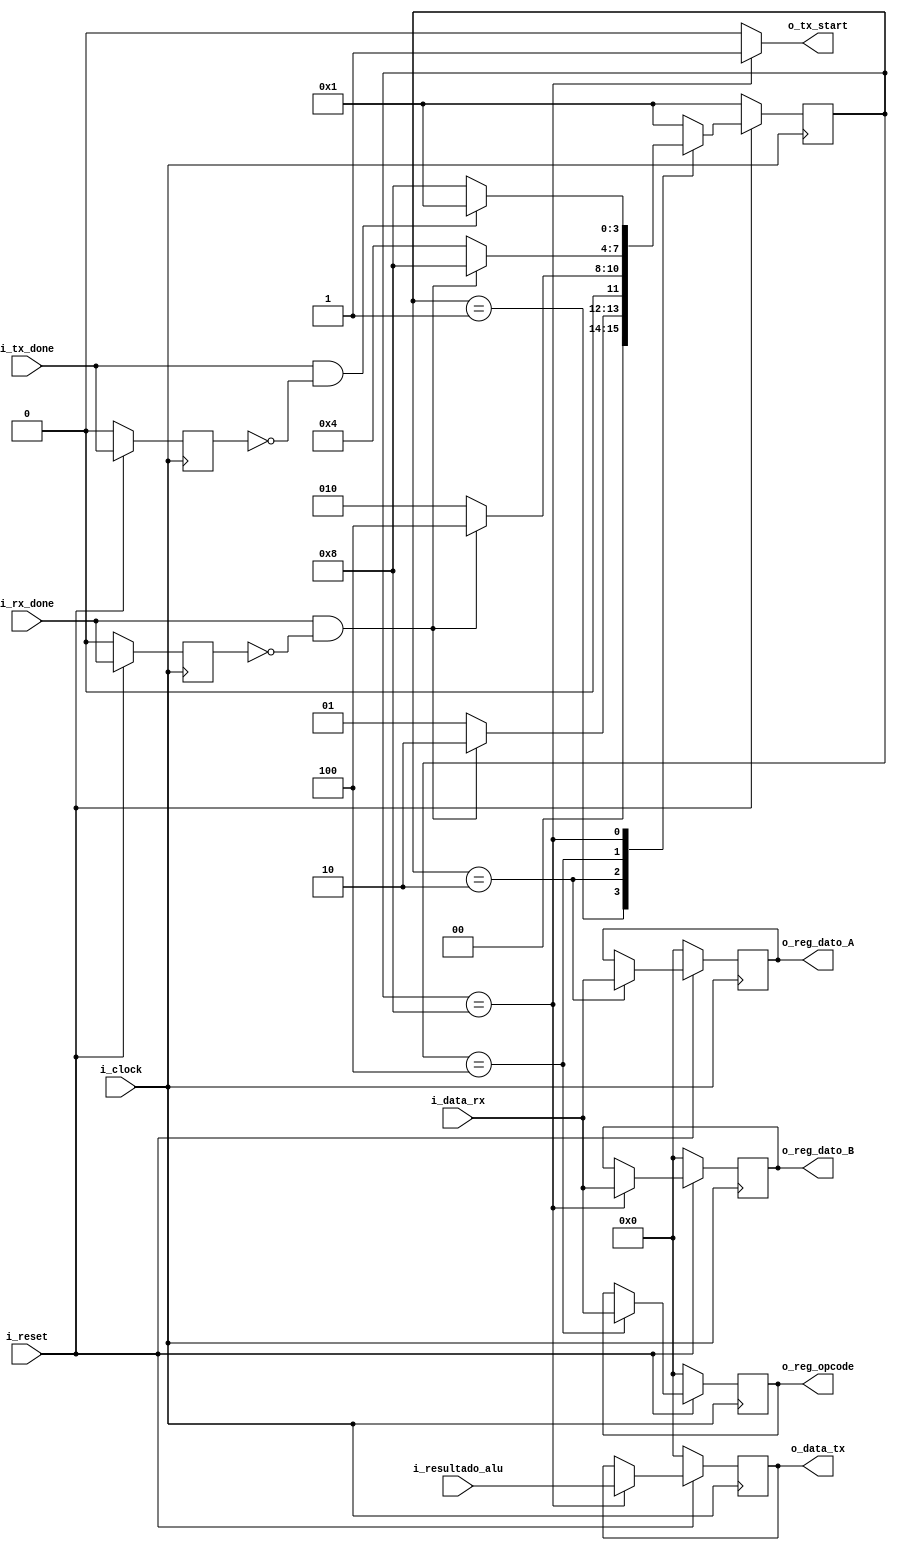
 `timescale 1ns / 1ps

//////////////////////////////////////////////////////////////////////////////////////////////////
// Trabajo Practico Nro. 2. UART.
// Interface_circuit.
// Integrantes: Kleiner Matias, Lopez Gaston.
// Materia: Arquitectura de Computadoras.
// FCEFyN. UNC.
// Anio 2018.
//////////////////////////////////////////////////////////////////////////////////////////////////


// Constantes.
`define CANT_DATOS_ENTRADA_ALU      8       // Tamanio del bus de entrada de la ALU.
`define CANT_BITS_OPCODE_ALU        8       // Numero de bits del codigo de operacion de la ALU.
`define CANT_DATOS_SALIDA_ALU       8       // Tamanio del bus de salida de la ALU.
`define WIDTH_WORD_INTERFACE        8       // Tamanio de palabra de la trama UART.



module interface_circuit( 
   i_reset,
   i_resultado_alu,
   i_data_rx,
   i_rx_done,
   i_tx_done,
   i_clock,
   o_tx_start,
   o_data_tx,
   o_reg_dato_A,
   o_reg_dato_B,
   o_reg_opcode
   //o_prueba
   );

// Parametros.
parameter CANT_DATOS_ENTRADA_ALU    = `CANT_DATOS_ENTRADA_ALU;
parameter CANT_BITS_OPCODE_ALU      = `CANT_BITS_OPCODE_ALU;
parameter CANT_DATOS_SALIDA_ALU     = `CANT_DATOS_SALIDA_ALU;
parameter WIDTH_WORD_INTERFACE      = `WIDTH_WORD_INTERFACE;

// Local Param
localparam ESPERA = 4'b0001;
localparam OPERANDO1 = 4'b0010;
localparam OPERACION = 4'b0100;
localparam OPERANDO2 = 4'b1000;

// Entradas - Salidas.
input i_clock;
input  i_rx_done;
input  i_tx_done;
input  [CANT_DATOS_SALIDA_ALU - 1 : 0]   i_resultado_alu;
input  [WIDTH_WORD_INTERFACE - 1 : 0]  i_data_rx;
input  i_reset;  
output reg [WIDTH_WORD_INTERFACE - 1 : 0]  o_data_tx;
output reg o_tx_start;
output reg [CANT_DATOS_ENTRADA_ALU - 1 : 0] o_reg_dato_A;             
output reg [CANT_DATOS_ENTRADA_ALU - 1 : 0] o_reg_dato_B; 
output reg [CANT_BITS_OPCODE_ALU - 1 : 0] o_reg_opcode;  // Codigo de operacion.      

//output reg o_prueba;

// Registros.
reg [ 3 : 0 ] reg_state;
reg [ 3 : 0 ] reg_next_state;
reg registro_tx_done;
reg registro_rx_done;

reg [CANT_DATOS_ENTRADA_ALU - 1 : 0] o_reg_dato_A_next;             
reg [CANT_DATOS_ENTRADA_ALU - 1 : 0] o_reg_dato_B_next; 
reg [CANT_BITS_OPCODE_ALU - 1 : 0] o_reg_opcode_next;  // Codigo de operacion.  
reg [WIDTH_WORD_INTERFACE - 1 : 0]  o_data_tx_next;   


always@( posedge i_clock ) begin //Memory
    // Se resetean los registros.
   if (~ i_reset) begin
       reg_state <= 1;
       registro_tx_done <= 0;
       registro_rx_done <= 0;
       o_reg_dato_A <= 0;
       o_reg_dato_B <= 0;
       o_reg_opcode <= 0;
       o_data_tx <= 0;
   end 

   else begin
       registro_tx_done <= i_tx_done;
       registro_rx_done <= i_rx_done;
       reg_state <= reg_next_state;

       o_reg_dato_A <= o_reg_dato_A_next;
       o_reg_dato_B <= o_reg_dato_B_next;
       o_reg_opcode <= o_reg_opcode_next;
       o_data_tx <= o_data_tx_next;
   end
end




always@( * ) begin //NEXT - STATE logic
   
   case (reg_state)
       
       ESPERA : begin
           if ((i_rx_done == 1) && (registro_rx_done == 0)) begin  // Deteccion de flanco ascendente
               reg_next_state = OPERANDO1;
           end
           else begin
               reg_next_state = ESPERA;
           end  
       end
       
       OPERANDO1 : begin
           if ((i_rx_done == 1) && (registro_rx_done == 0)) begin  // Deteccion de flanco ascendente
               reg_next_state = OPERACION;
           end
           else begin
               reg_next_state = OPERANDO1;
           end  
       end
       
       OPERACION : begin
          if ((i_rx_done == 1) && (registro_rx_done == 0)) begin  // Deteccion de flanco ascendente
               reg_next_state = OPERANDO2;
           end
           else begin
               reg_next_state = OPERACION;
           end  
       end
       
       OPERANDO2 : begin
           // Deteccion de flanco ascendente
           // Si se detecta que el registro_tx_done pasa de 0 a 1, se va al estado ESPERA.
           if ( (i_tx_done == 1) && (registro_tx_done == 0)) begin
               reg_next_state = ESPERA;
           end
           else begin
               reg_next_state = OPERANDO2;
           end        
       end
       
       default begin
           reg_next_state = ESPERA;
       end
   endcase 
end


always@( * ) begin //Output logic
   //o_prueba = 0;
   case (reg_state)
       
       ESPERA : begin
           o_tx_start = 0;
           o_data_tx_next = o_data_tx;
           o_reg_dato_A_next = o_reg_dato_A;
           o_reg_dato_B_next = o_reg_dato_B;
           o_reg_opcode_next = o_reg_opcode;
       end
       
       OPERANDO1 : begin
           o_tx_start = 0;
           o_data_tx_next = o_data_tx;
           o_reg_dato_A_next = i_data_rx;
           o_reg_dato_B_next = o_reg_dato_B;
           o_reg_opcode_next = o_reg_opcode;
       end
       
       OPERACION : begin
           o_tx_start = 0;
           //o_prueba = 1;
           o_data_tx_next = o_data_tx;
           o_reg_dato_A_next = o_reg_dato_A;
           o_reg_dato_B_next = o_reg_dato_B;
           o_reg_opcode_next = i_data_rx;
          
       end
       
       OPERANDO2 : begin
           o_tx_start = 1;
           //o_prueba = 0;
           o_data_tx_next = i_resultado_alu; 
           o_reg_dato_A_next = o_reg_dato_A;
           o_reg_dato_B_next = i_data_rx;
           o_reg_opcode_next = o_reg_opcode;    
       end
       
       default : begin
           o_tx_start = 0;
           o_data_tx_next = o_data_tx;
           o_reg_dato_A_next = o_reg_dato_A;
           o_reg_dato_B_next = o_reg_dato_B;
           o_reg_opcode_next = o_reg_opcode;
       end
   
   endcase 
end

endmodule